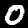
Label: 0